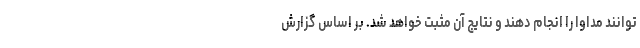
‌توانند مداوا را انجام دهند و نتایج آن مثبت خواهد شد. بر اساس گزارش